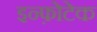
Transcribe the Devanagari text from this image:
इन्फ़ोटेक